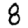
Digit: 8